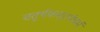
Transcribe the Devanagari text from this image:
चतुर्थकम्।।पंचमं